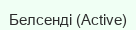
Белсенді (Active)